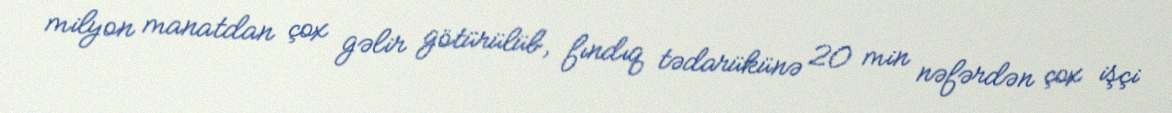
milyon manatdan çox gəlir götürülüb, fındıq tədarükünə 20 min nəfərdən çox işçi